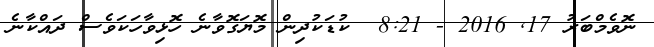
ނޮވެމްބަރު 17